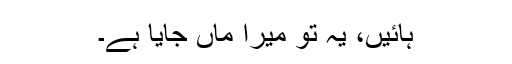
ہائیں، یہ تو میرا ماں جایا ہے۔